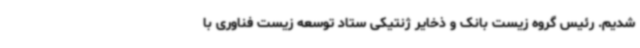
شدیم. رئیس گروه زیست بانک و ذخایر ژنتیکی ستاد توسعه زیست فناوری با